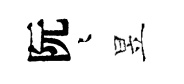
阮迢昱